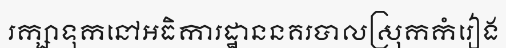
រក្សាទុកនៅអធិការដ្ឋាននគរបាលស្រុកកំរៀង